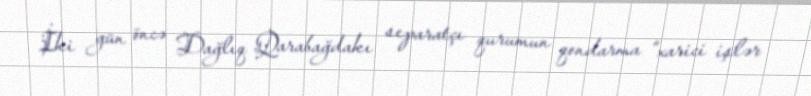
İki gün öncə Dağlıq Qarabağdakı separatçı qurumun qondarma “xarici işlər